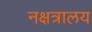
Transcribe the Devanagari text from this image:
नक्षत्रालय